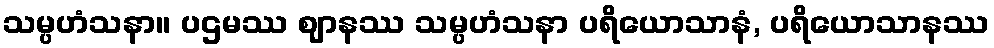
သမ္ပဟံသနာ။ ပဌမဿ ဈာနဿ သမ္ပဟံသနာ ပရိယောသာနံ, ပရိယောသာနဿ